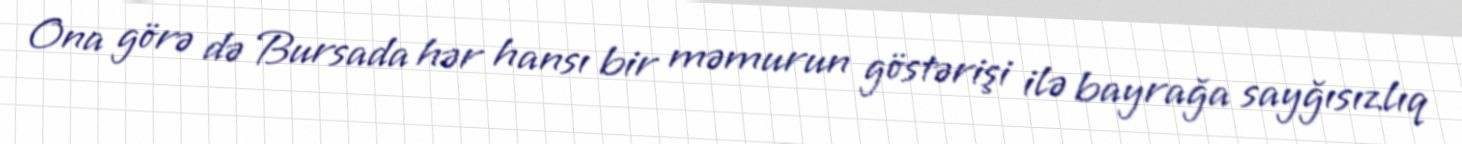
Ona görə də Bursada hər hansı bir məmurun göstərişi ilə bayrağa sayğısızlıq